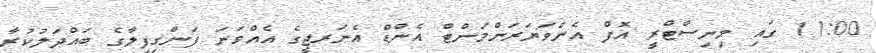
11:00 ގައި މިނިސްޓްރީ އޮފް އެންވަޔަރަންމަންޓް އެންޑް އެނަރޖީގެ އެއްވަނަ ފަންގިފިލާގެ ބައްދަލުކުރާ